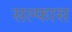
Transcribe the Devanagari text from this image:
सल्फास